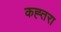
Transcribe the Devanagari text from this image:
कह्तरा